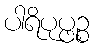
ပါရိပုပ္ဖဉ္စ